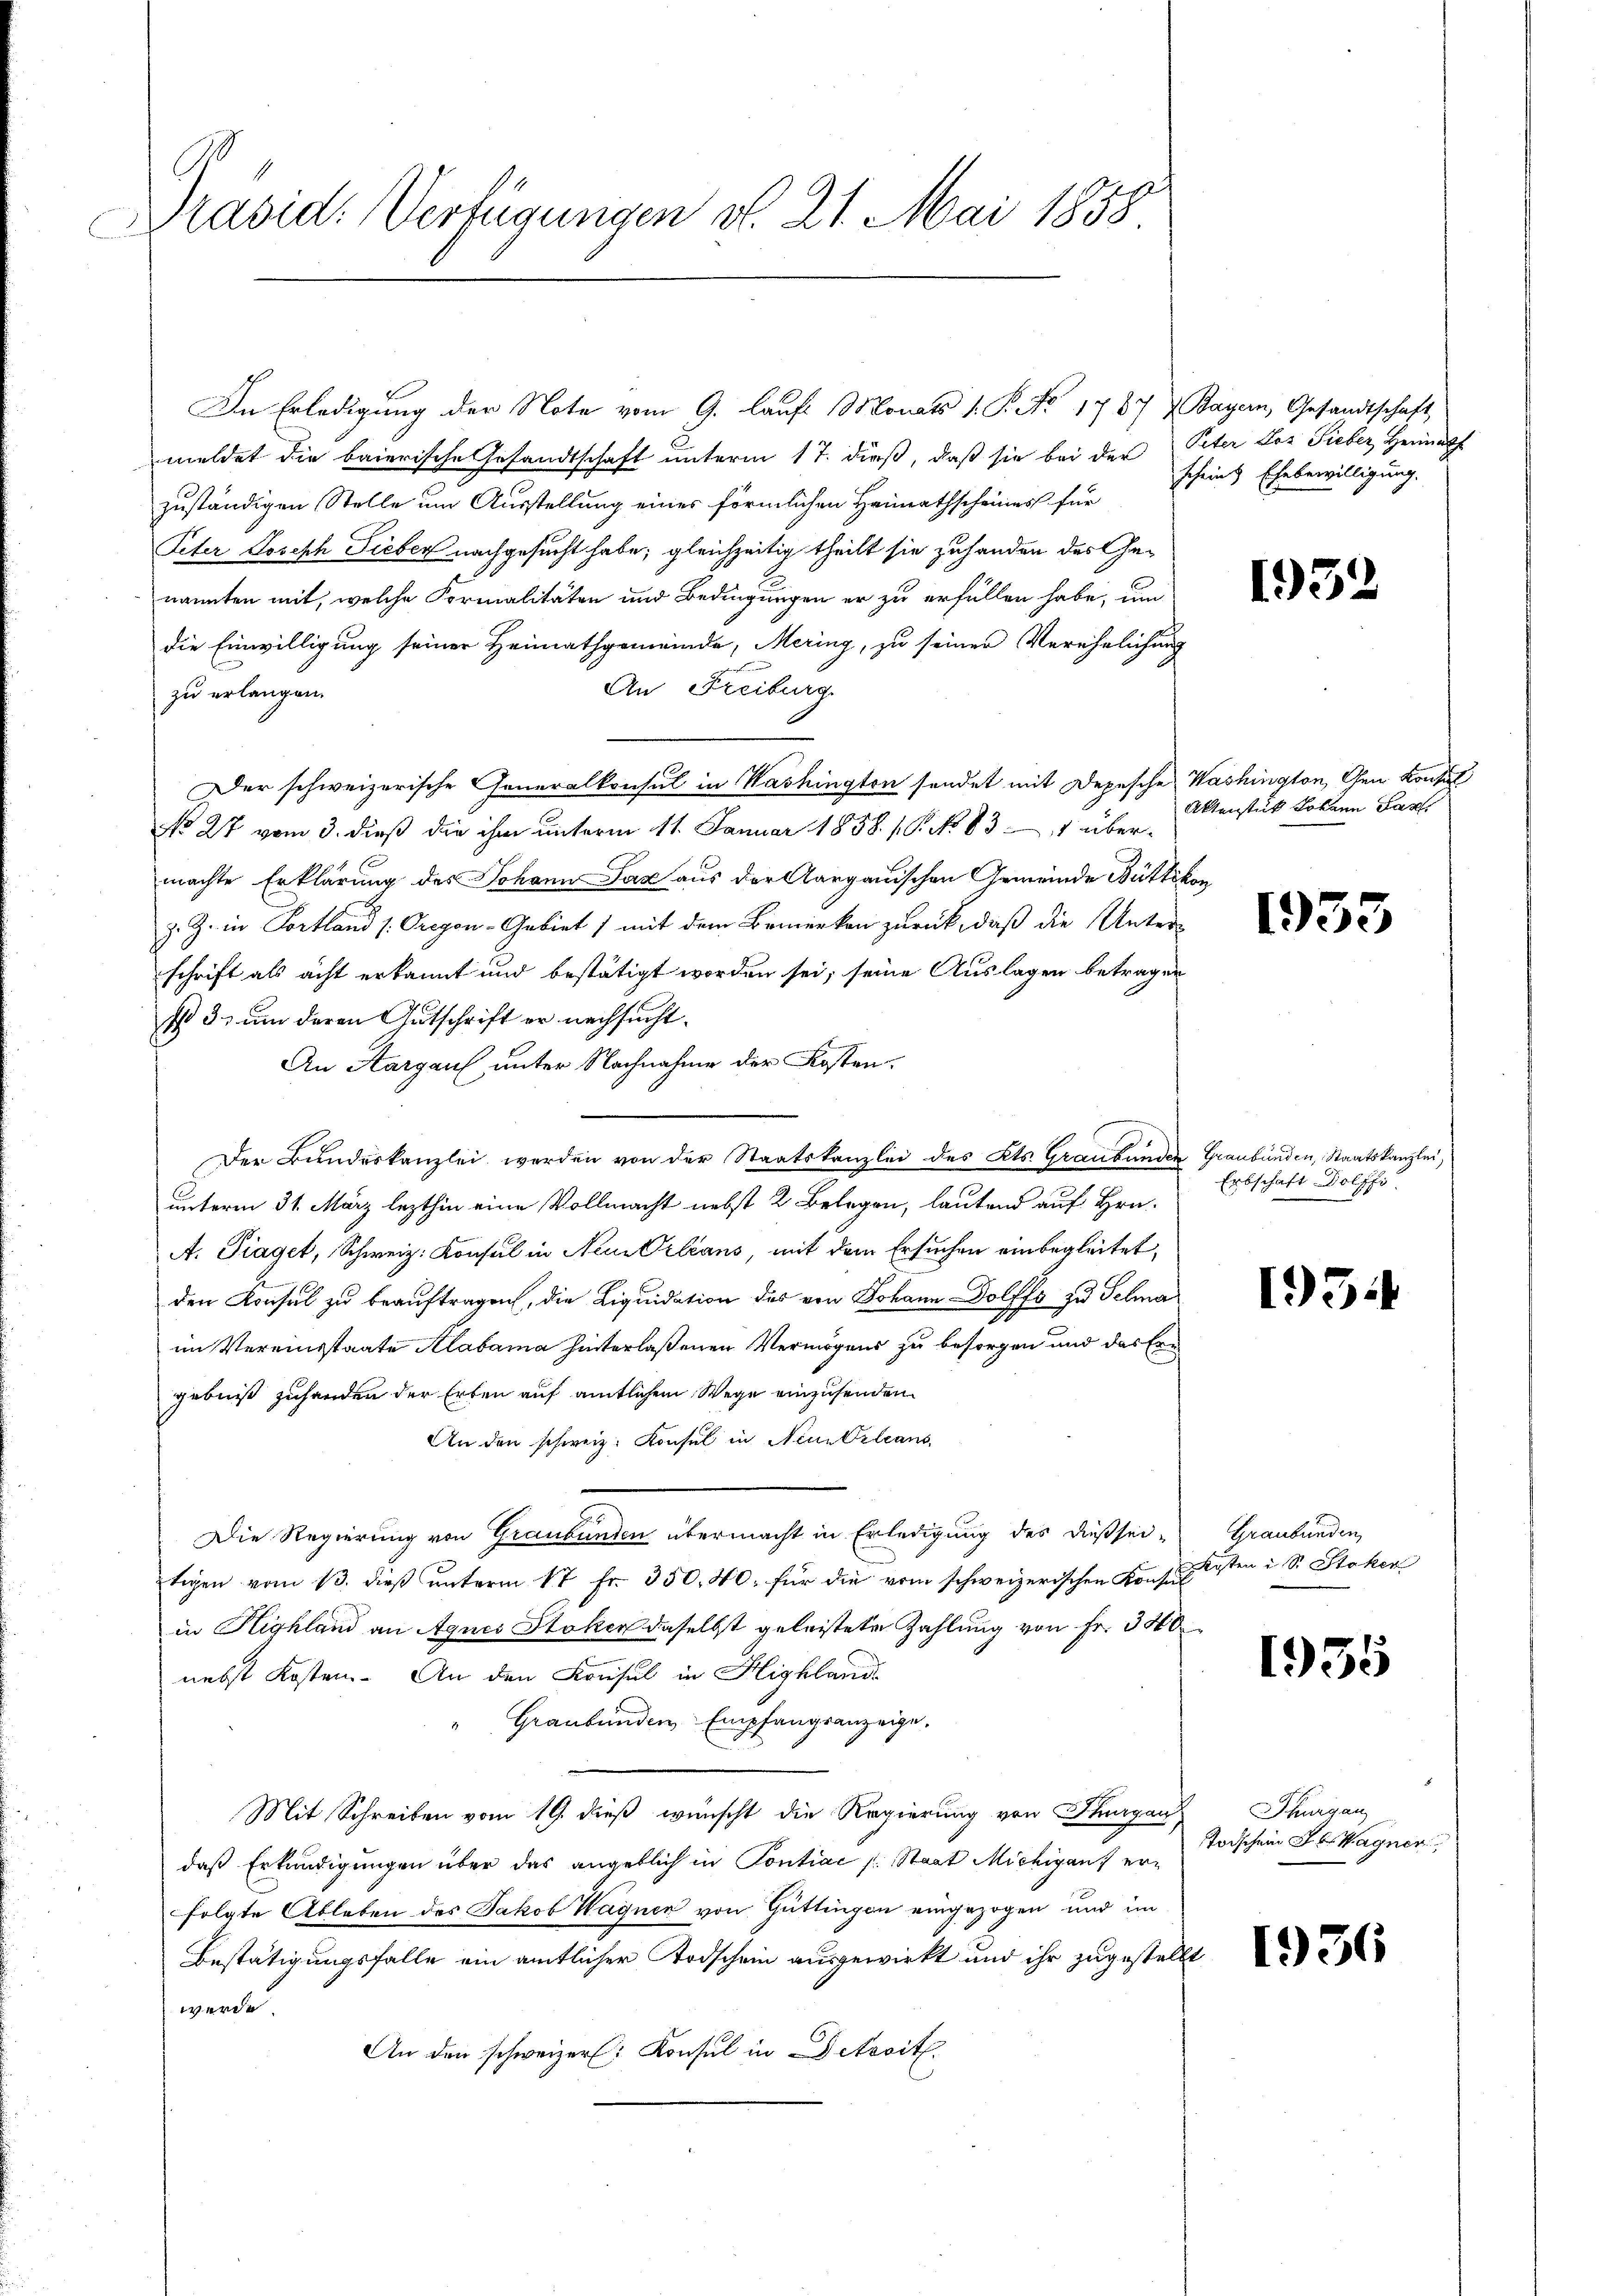
Präsid. Verfügungen v. 21. Mai 1858

In Erledigung der Note vom 9. laŭf Monats v. P. No 1787 Bayern, Gesandtschaft
meldet die baierische Gesandtschaft unterm 17. dieß, daß sie bei der Peter Los Sieber Heimath
zuständigen Stelle um Ausstellung eines förmlichen Heimathscheines für
Peter Joseph Lieben nachgesucht habe; gleichzeitig theilt sie zuhanden des Genannten mit, welche Formalitäten und Bedingungen er zu erfüllen habe, um
die Einwilligung seiner Heimathgemeinde, Mering, zu seiner Verehelichung
en
An Freiburg.
zu erlangen.
Der schweizerische Generalkonsul in Washington sendet mit Depesche Washington, Gen Konsul
No 27 vom 3. dieß die ihm unterm 11. Januar 1858 / P. No 831 übermachte Erklärung des Johann Sax aus der Aargauischen Gemeinde Büttikon
z. Z. in Portland /: Gregon-Gebiet / mit dem Bemerken zurück, daß die Unterschrift als acht erkannt und bestätigt worden sei; seine Auslagen betragen
I 3. um deren Gutschrift er nachsucht.
An Hargau unter Nachnahme der Kosten¬
Der Bundeskanzlei werden von der Staatskanzlei des Kts. Graubünden Graubünden, Staatskanzlei,
unterm 31. März lezthin eine Vollmacht nebst 2 Belegen, lautend auf Hrn.
A. Traget, Schweiz. Konsul in Neu Orleans, mit dem Ersuchen einbegleitet,
den Konsul zu beauftragen, die Liquidation des von Johann-Dolfss zu Selma
im Vereinsstaate Alabama hinterlaßenen Vermögens zu besorgen und das Ern
gebniß zuhanden der Erten auf amtlichem Wege einzusenden
An den schweiz. Konsul in Neu Orleans
Die Regierung von Graubünden übermacht in Erledigung des dießsei-
tigen vom 13. dieß unterm 17. Fr. 350. 40. für die vom schweizerischen Konsul
in Highland an Agnes Stoken daselbst geleistete Zahlung von Fr. 340
nebst Kosten. An den Konsul in Highland
Graubünden Empfangsanzeige,
Mit Schreiben vom 19. dieß wünscht die Regierung von Thurgau,
daß Erkundigungen über das angeblich in Pontiac (: Staat Michigan, erfolgte Ableben des Jakob Wagner von Güttingen eingezogen und im
Bestätigungsfalle ein amtlicher Todschein ausgewirkt und ihr zugestellt
werde.
An den schweizer Konsul in Detacit.

schein Erhebewilligung.

1952

Aktenstück Johann Lan

1933

Erbschaft Dolffi

1951

Graubünden,
Arten i S. Stoker

1935

Schurgau
Todschein Jb. Wagner

1936